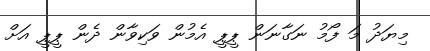
މިޔަދު މަ ފޯމު ނަގާނަން ޕީޕީ އެމުން ވަކިވާން ދެން ޕީޕީ އަށް